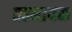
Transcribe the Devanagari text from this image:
तहनायक